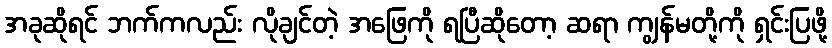
အခုဆိုရင် ဘက်ကလည်း လိုချင်တဲ့ အဖြေကို ရပြီဆိုတော့ ဆရာ ကျွန်မတို့ကို ရှင်းပြဖို့